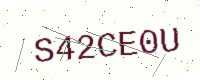
Text: S42CE0U